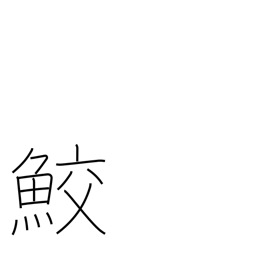
Meaning: shark